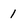
Character: 1